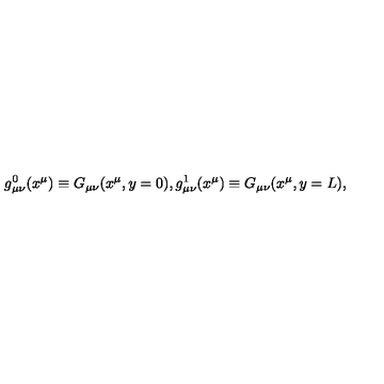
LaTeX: g _ { \mu \nu } ^ { 0 } ( x ^ { \mu } ) \equiv G _ { \mu \nu } ( x ^ { \mu } , y = 0 ) , g _ { \mu \nu } ^ { 1 } ( x ^ { \mu } ) \equiv G _ { \mu \nu } ( x ^ { \mu } , y = L ) , \,